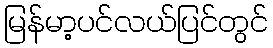
မြန်မာ့ပင်လယ်ပြင်တွင်